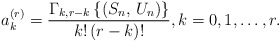
\begin{align*}a_{k}^{(r)}=\frac{\Gamma _{k,r-k}\left\{ \left( S_{n},\,U_{n}\right)\right\} }{k!\,(r-k)!},k=0,1,\ldots ,r. \end{align*}